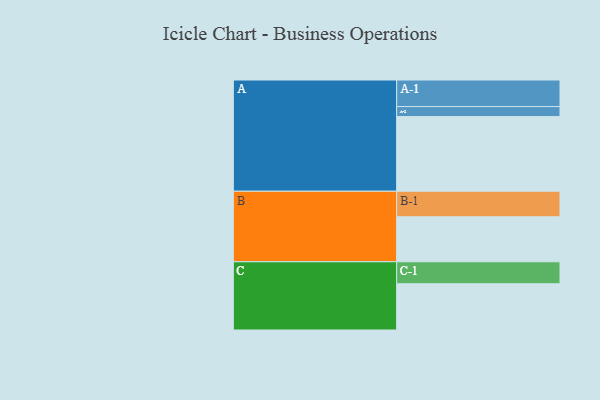
{"axis": {"x": "Segment", "y": "Value"}, "legend": ["", "A", "B", "C"], "data": [{"x": "A", "y": 559, "type": ""}, {"x": "B", "y": 337, "type": ""}, {"x": "C", "y": 346, "type": ""}, {"x": "A-1", "y": 199, "type": "A"}, {"x": "A-2", "y": 75, "type": "A"}, {"x": "B-1", "y": 191, "type": "B"}, {"x": "C-1", "y": 165, "type": "C"}]}